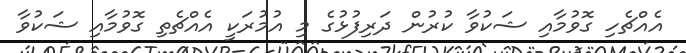
އެއްޗެހި ގޮވުމާއި ޝަކުވާ ކުރުން ދަރިފުޅުގެ މި އުމުރަކީ އެއްޗެތި ގޮވުމާއި ޝަކުވާ